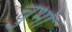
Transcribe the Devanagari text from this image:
चुभो